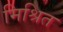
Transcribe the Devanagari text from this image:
मिश्रित